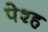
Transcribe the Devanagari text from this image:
पेश्ह